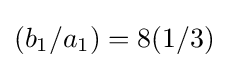
(b_{1}/a_{1})=8(1/3)